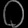
Digit: ၀